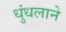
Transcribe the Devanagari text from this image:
धुंधलाने